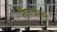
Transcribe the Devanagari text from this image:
तैतवाल